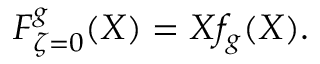
{ \cal F } _ { \zeta = 0 } ^ { g } ( X ) = X f _ { g } ( X ) .